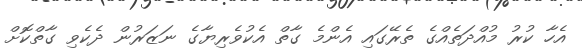
އެހާ ކުރު މުއްދަތެއްގެ ތެރޭގައި އެންމެ ގާތް އެކުވެރިޔާގެ ނަޒަރުން ދެކެވި ގާތްކޮށް